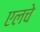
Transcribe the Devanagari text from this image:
एलचे